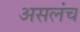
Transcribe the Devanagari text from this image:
असलंच